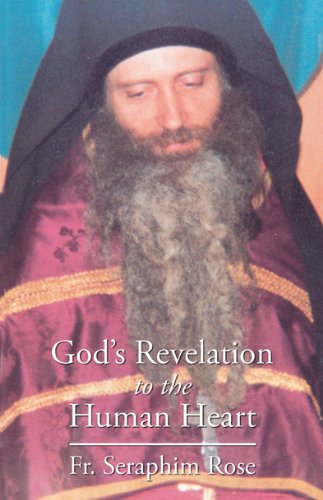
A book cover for God's Revelation to the Human Heart; Fr. Seraphim Rose; Christian Books & Bibles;